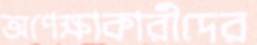
অপেক্ষাকারীদের